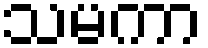
သမကာ